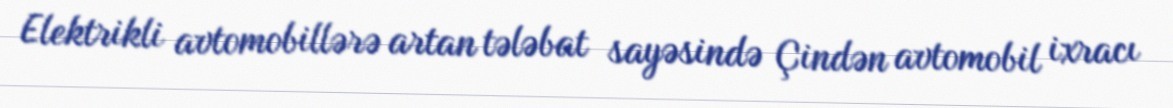
Elektrikli avtomobillərə artan tələbat sayəsində Çindən avtomobil ixracı